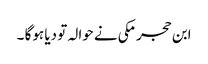
ابن حجر مکی نے حوالہ تو دیا ہوگا ۔